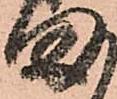
ま